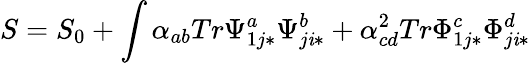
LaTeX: S=S_{0}+\int\alpha_{ab}Tr\Psi_{1j*}^{a}\Psi_{j\mathit{i}*}^{b}+\alpha_{cd}^{2}Tr\Phi_{1j*}^{c}\Phi_{j\mathit{i}*}^{d}